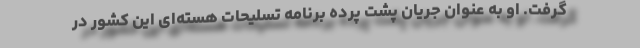
گرفت. او به عنوان جریان پشت پرده برنامه تسلیحات هسته‌ای این کشور در